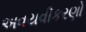
અવયવીકરણો